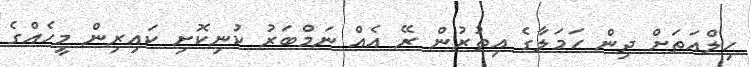
ހިލްއަތަށް ދިން ހަމަލާގެ އިތުރުން ރޭ އެއް ނަމްބަރު ކުނިކޮށި ކައިރިން މީހެއްގެ